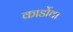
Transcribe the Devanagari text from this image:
कार्डोवा